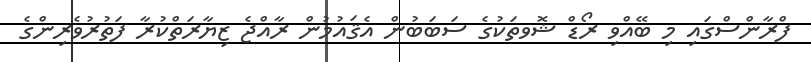
ފްރާންސްގައި މި ބޭއްވި ރޯޑް ޝޮވތަކުގެ ސަބަބުން އެޤައުމުން ރާއްޖެ ޒިޔާރަތްކުރާ ފަތުރުވެރިންގެ